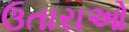
ઉતારાઓ